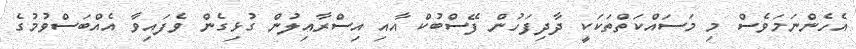
އެހެންނަމަވެސް މި މަސައްކަތްތަކަކީ ދާދިފަހުން ފޭސްބުކް އާއި އިސްރާއިލުން ގުޅިގެން ވެފައިވާ އެއްބަސްވުމުގެ